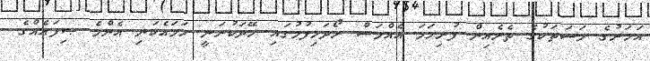
އަހަރުގެ މަސަތަކުގެ ތެރެއިން ފުރިހަމަ އެއްމަސް ރޯދަހިފުމުގައި ހޭދަކުރަނީ ހަމައެކަނި އެންމެ ޞިފައެއްގެ